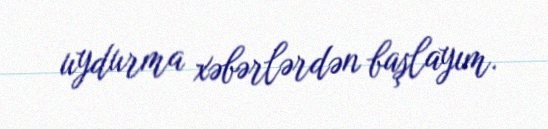
uydurma xəbərlərdən başlayım.